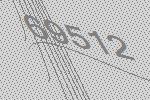
69512